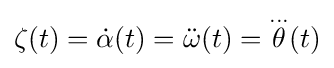
\zeta (t)={\dot {\alpha }}(t)={\ddot {\omega }}(t)={\overset {...}{\theta }}(t)